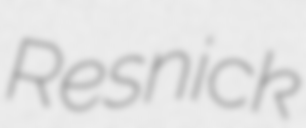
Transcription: Resnick